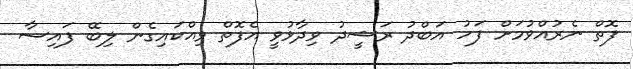
ފޮތް ނެރުއްވުމަށް ފަހު އަބްދު ރަޝީދު ވިދާޅުވީ އެފޮތް ވިއްކައިގެން ލިބޭ ފައިސާ